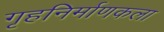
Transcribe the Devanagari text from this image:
गृहनिर्माणकला